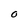
Character: O